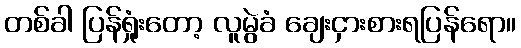
တစ်ခါ ပြန်ရှုံးတော့ လူမွဲခံ ချေးငှားစားရပြန်ရော။